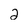
Character: 2